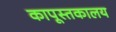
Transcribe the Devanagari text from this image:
कापूस्तकालय